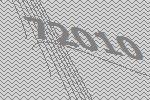
72010